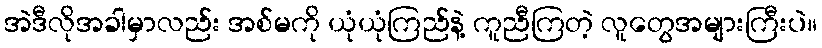
အဲဒီလိုအခါမှာလည်း အစ်မကို ယုံယုံကြည်နဲ့ ကူညီကြတဲ့ လူတွေအများကြီးပဲ။